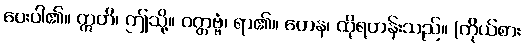
ပေးပါ၏။ ဣတိ၊ ဤသို့။ ဝတ္တဗ္ဗံ၊ ရာ၏။ တေန၊ ထိုရဟန်းသည်။ (ကိုယ်စား